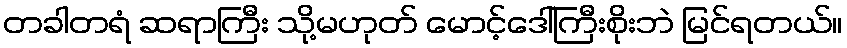
တခါတရံ ဆရာကြီး သို့မဟုတ် မောင့်ဒေါ်ကြီးစိုးဘဲ မြင်ရတယ်။